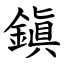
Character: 鎭